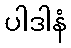
ပါဒါနံ